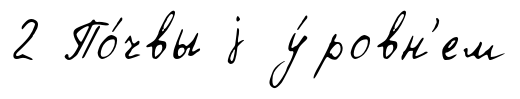
2 По́чвы j у́ровн'ем